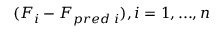
( \boldsymbol { F } _ { i } - \boldsymbol { F } _ { p r e d \; i } ) , i = 1 , . . . , n